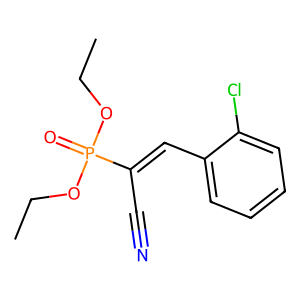
SMILES: CCOP(=O)(OCC)C(C#N)=Cc1ccccc1Cl
Inhibits HIV replication: No